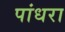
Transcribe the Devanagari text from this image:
पांधरा